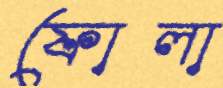
ফোলা